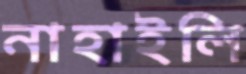
নাহাইলি